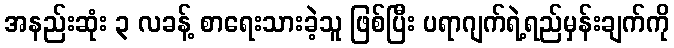
အနည်းဆုံး ၃ လခန့် စာရေးသားခဲ့သူ ဖြစ်ပြီး ပရာဂျက်ရဲ့ရည်မှန်းချက်ကို